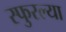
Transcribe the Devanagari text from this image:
स्फुरल्या